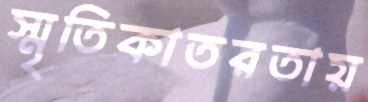
স্মৃতিকাতরতায়